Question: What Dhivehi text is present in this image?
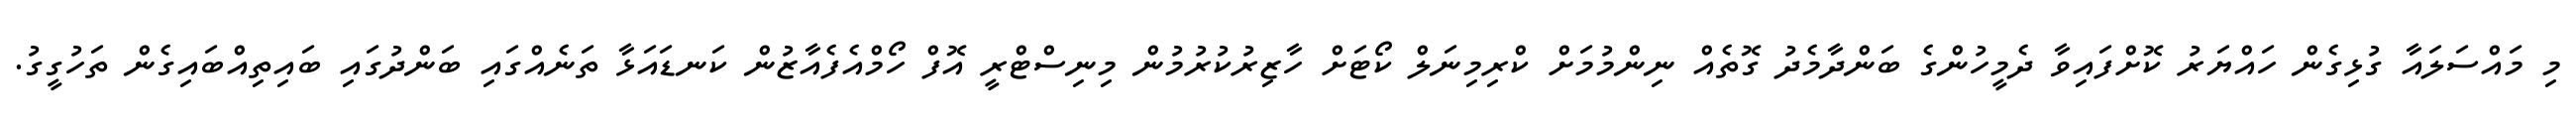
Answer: މި މައްސަލައާ ގުޅިގެން ހައްޔަރު ކޮށްފައިވާ ދެމީހުންގެ ބަންދާމެދު ގޮތެއް ނިންމުމަށް ކްރިމިނަލް ކޯޓަށް ހާޒިރުކުރުމުން މިނިސްޓްރީ އޮފް ހޯމްއެފެއާޒުން ކަނޑައަޅާ ތަނެއްގައި ބަންދުގައި ބައިތިއްބައިގެން ތަހުގީގު.